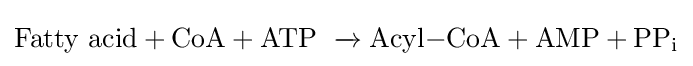
\mathrm {Fatt{y}\ acid+CoA+ATP\ \xrightarrow {\ } Acyl{-}CoA+AMP+PP_{i}}